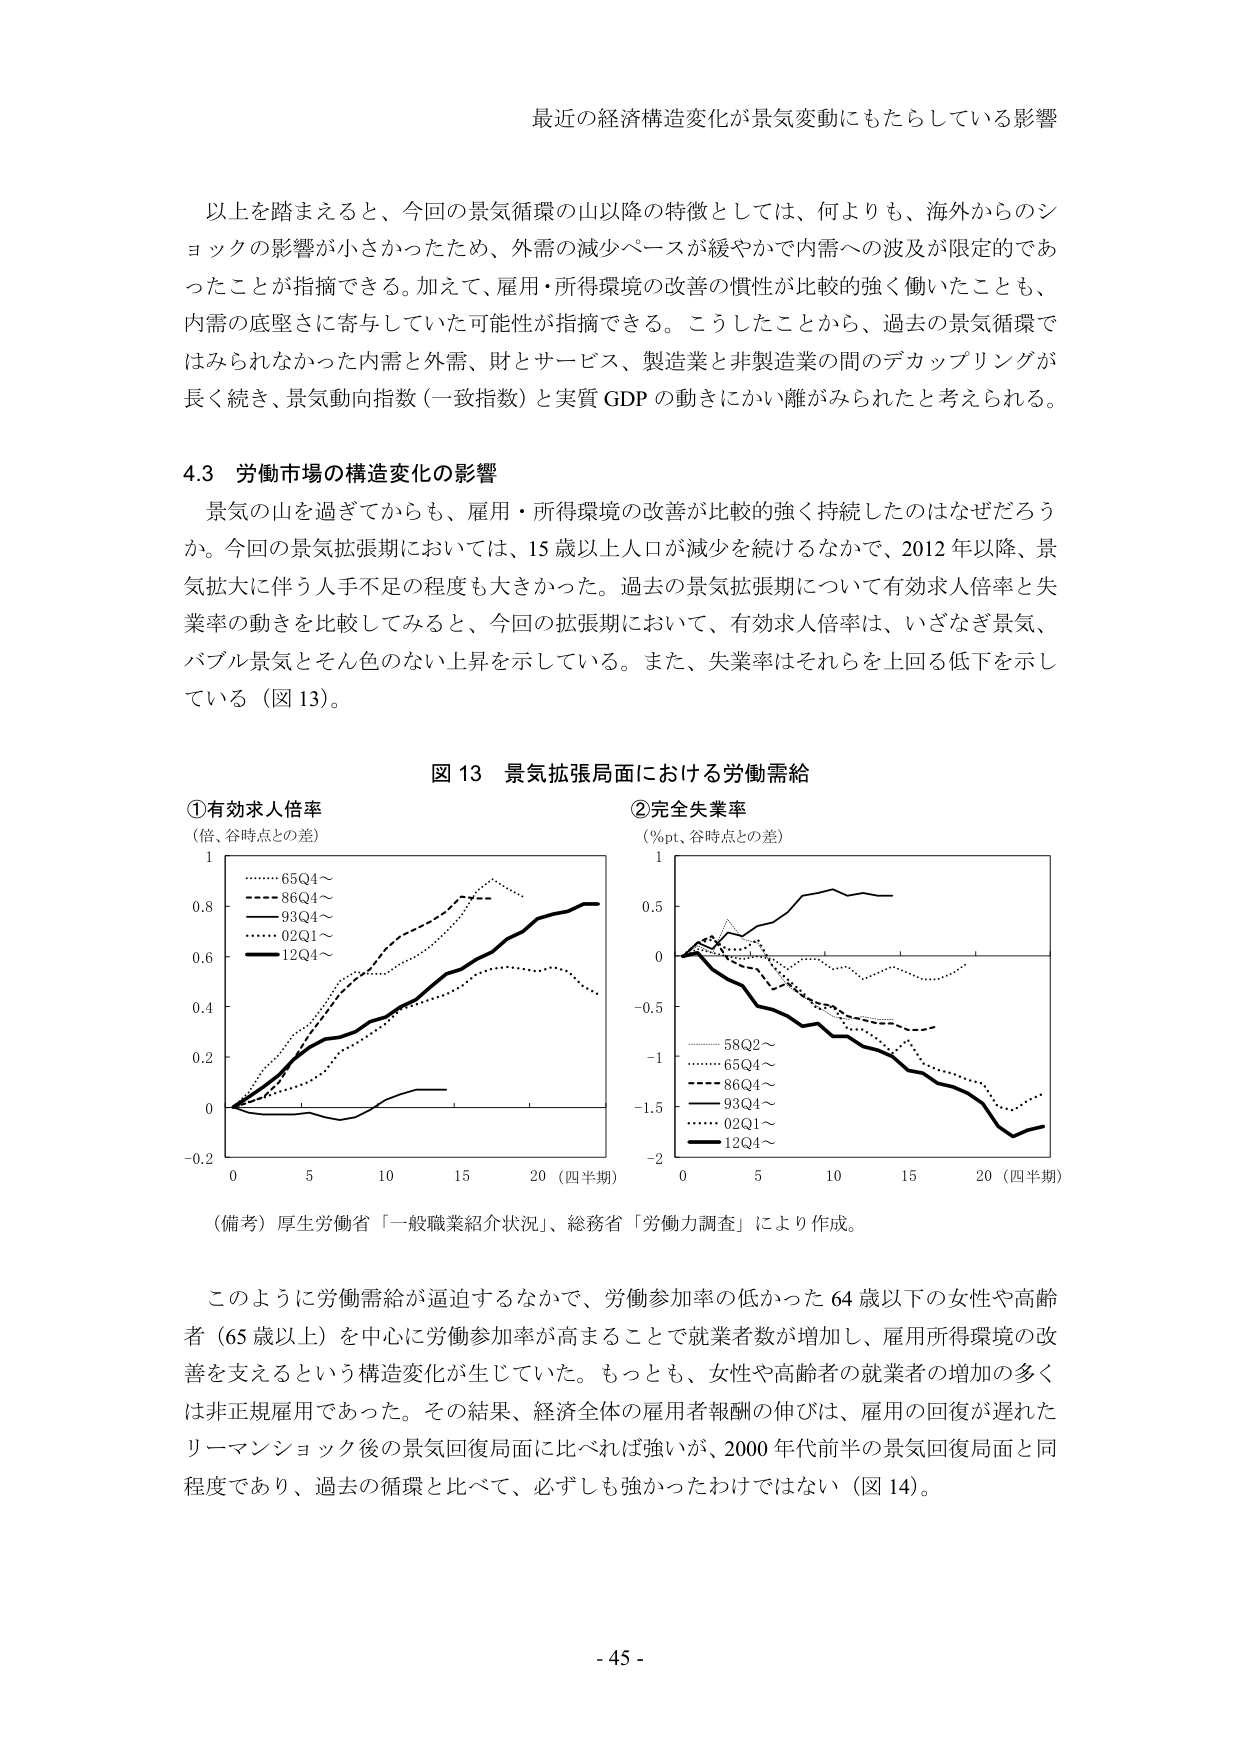
最近の経済構造変化が景気変動にもたらしている影響

以上を踏まえると、今回の景気循環の山以降の特徴としては、何よりも、海外からのショックの影響が小さかったため、外需の減少ペースが緩やかで内需への波及が限定的であったことが指摘できる。加えて、雇用・所得環境の改善の慣性が比較的強く働いたことも、内需の底堅さに寄与していた可能性が指摘できる。こうしたことから、過去の景気循環ではみられなかった内需と外需、財とサービス、製造業と非製造業の間のデカップリングが長く続き、景気動向指数（一致指数）と実質 GDP の動きにかい離がみられたと考えられる。

4.3 労働市場の構造変化の影響

景気の山を過ぎてからも、雇用・所得環境の改善が比較的強く持続したのはなぜだろうか。今回の景気拡張期においては、15 歳以上人口が減少を続けるなかで、2012 年以降、景気拡大に伴う人手不足の程度も大きかった。過去の景気拡張期について有効求人倍率と失業率の動きを比較してみると、今回の拡張期において、有効求人倍率は、いざなぎ景気、バブル景気とそん色のない上昇を示している。また、失業率はそれらを上回る低下を示している（図 13）。

図 13 景気拡張局面における労働需給

①有効求人倍率
（倍、谷時点との差）
1
…… 65Q4～
---- 86Q4～
---- 93Q4～
…… 02Q1～
---- 12Q4～
-0.2  0   5   10  15  20（四半期）

②完全失業率
（%pt、谷時点との差）
1
0.5
0
-0.5
-1
-1.5
-2
…… 58Q2～
…… 65Q4～
---- 86Q4～
---- 93Q4～
…… 02Q1～
---- 12Q4～
0   5   10  15  20（四半期）

（備考）厚生労働省「一般職業紹介状況」、総務省「労働力調査」により作成。

このように労働需給が逼迫するなかで、労働参加率の低かった 64 歳以下の女性や高齢者（65 歳以上）を中心に労働参加率が高まることで就業者数が増加し、雇用所得環境の改善を支えるという構造変化が生じていた。もっとも、女性や高齢者の就業者の増加の多くは非正規雇用であった。その結果、経済全体の雇用者報酬の伸びは、雇用の回復が遅れたリーマンショック後の景気回復局面に比べれば強いが、2000 年代前半の景気回復局面と同程度であり、過去の循環と比べて、必ずしも強かったわけではない（図 14）。

- 45 -